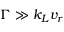
\Gamma \gg k _ { L } v _ { r }